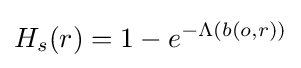
H_{s}(r)=1-e^{-\Lambda (b(o,r))}